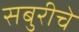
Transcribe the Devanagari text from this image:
सबुरीचे